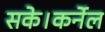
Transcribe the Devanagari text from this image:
सके।कर्नेल